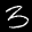
Label: 3